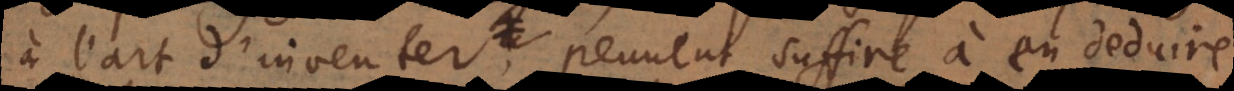
à l’art d’inventer, peuvent suffire à en deduire